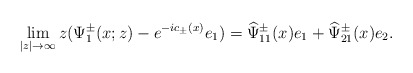
\begin{align*}\lim _{|z| \rightarrow \infty}z(\Psi^\pm_1(x;z)-e^{-ic_\pm(x)}e_1)=\widehat{\Psi}^\pm_{11}(x)e_1+\widehat{\Psi}^\pm_{21}(x)e_2.\end{align*}